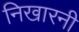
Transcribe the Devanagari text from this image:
निखारनी